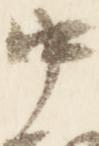
中